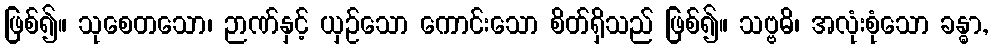
ဖြစ်၍။ သုစေတသော၊ ဉာဏ်နှင့် ယှဉ်သော ကောင်းသော စိတ်ရှိသည် ဖြစ်၍။ သဗ္ဗဓိ၊ အလုံးစုံသော ခန္ဓာ,